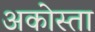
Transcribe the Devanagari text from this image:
अकोस्ता